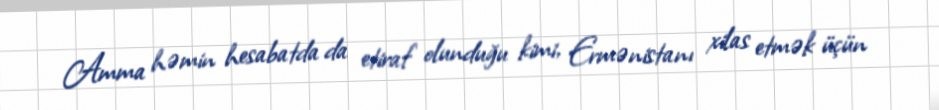
Amma həmin hesabatda da etiraf olunduğu kimi, Ermənistanı xilas etmək üçün